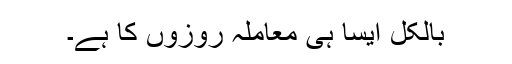
بالکل ایسا ہی معاملہ روزوں کا ہے۔